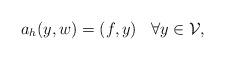
LaTeX: \begin{align*} a_h(y,w) = (f,y) \;\;\; \forall y \in \mathcal{V}, \end{align*}